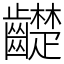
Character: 齼